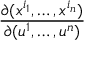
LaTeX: \frac { \partial ( x ^ { i _ { 1 } } , \ldots , x ^ { i _ { n } } ) } { \partial ( u ^ { 1 } , \ldots , u ^ { n } ) }